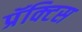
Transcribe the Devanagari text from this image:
प्रॅक्‍टिस